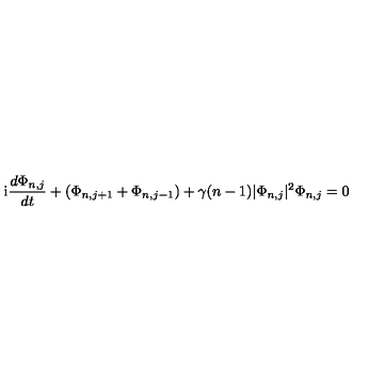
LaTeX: \mathrm { i } { \frac { d \Phi _ { n , j } } { d t } } + ( \Phi _ { n , j + 1 } + \Phi _ { n , j - 1 } ) + \gamma ( n - 1 ) | \Phi _ { n , j } | \sp 2 \Phi _ { n , j } = 0